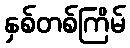
နှစ်တစ်ကြိမ်